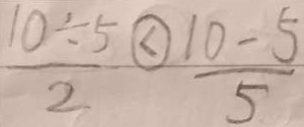
\frac { 1 0 \div 5 } { 2 } \textcircled { < } \frac { 1 0 - 5 } { 5 }